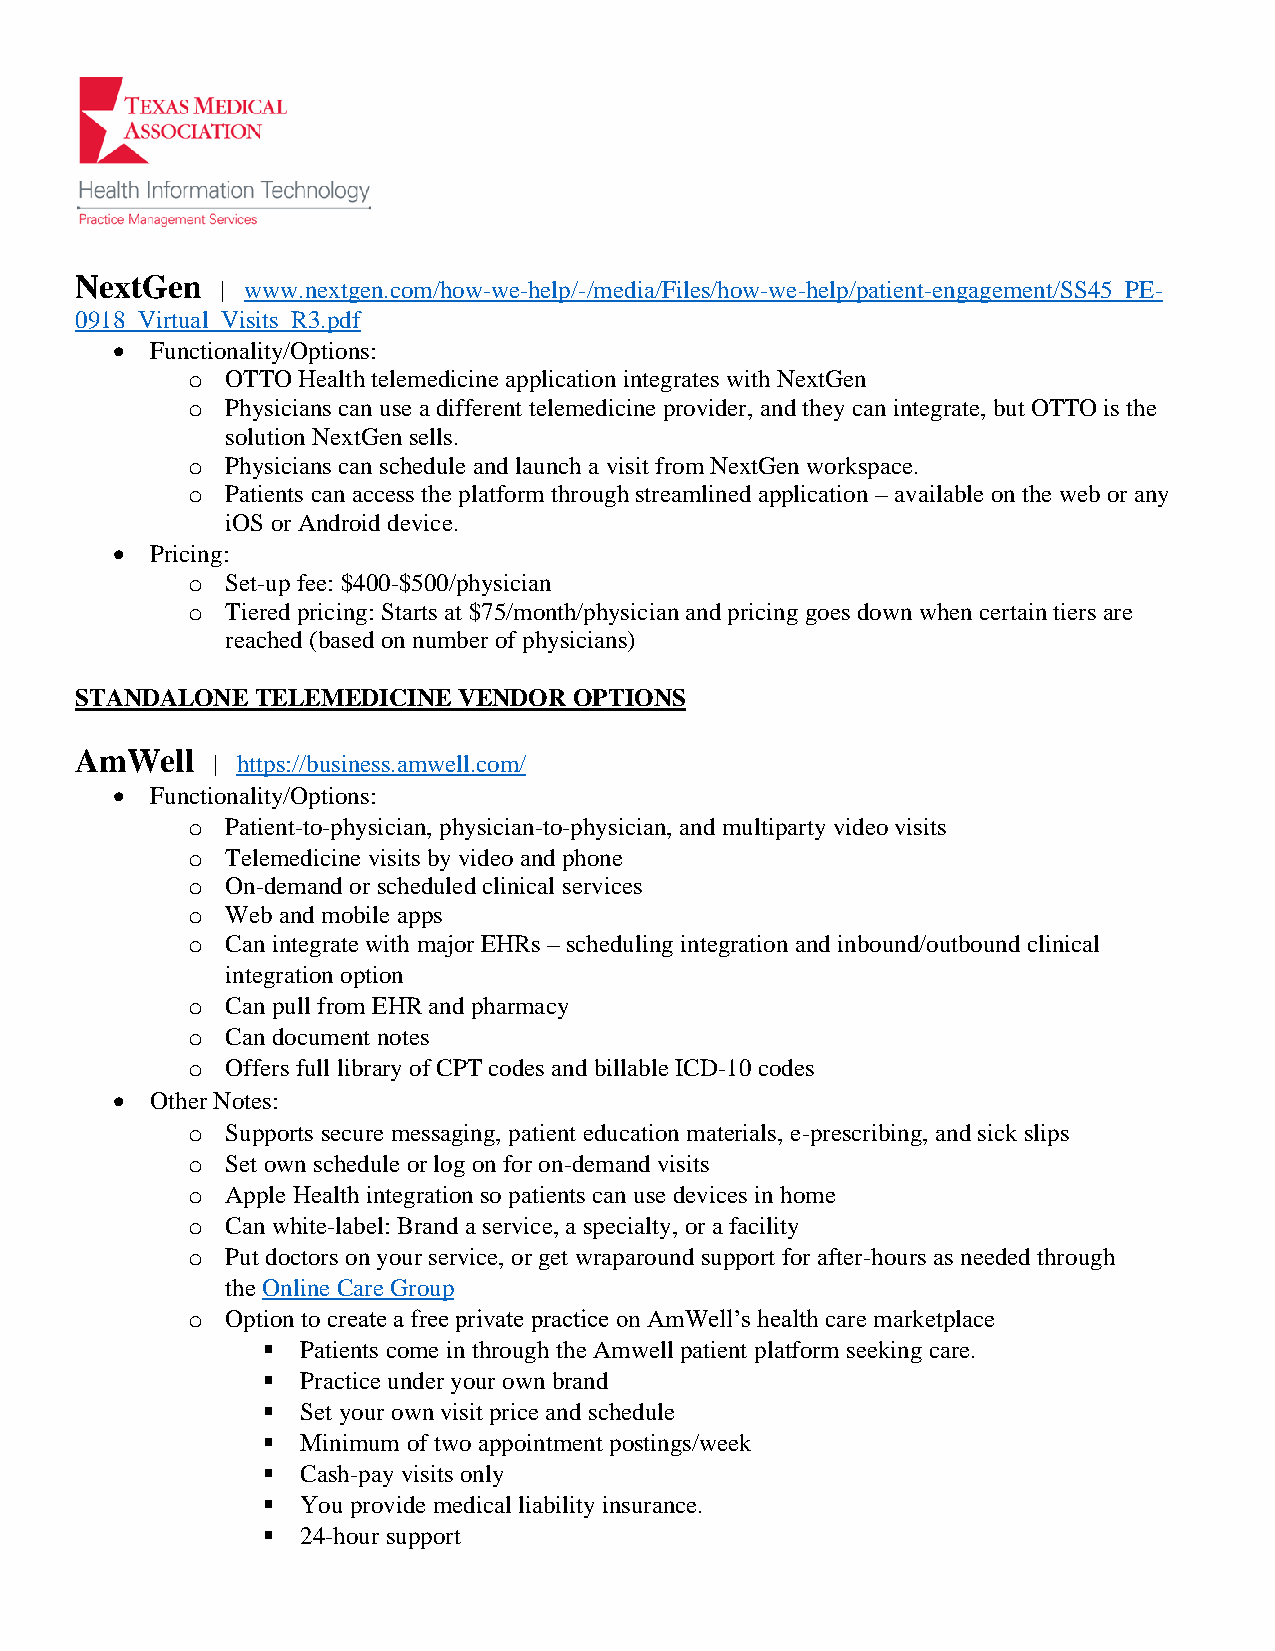
NextGen
 | www.nextgen.com/how-we-help/-/media/Files/how-we-help/patient-engagement/SS45_PE-
 0918_Virtual_Visits_R3.pdf
 •  Functionality/Options:
 o  OTTO Health telemedicine application integrates with NextGen
 o  Physicians can use a different telemedicine provider, and they can integrate, but OTTO is the
 solution NextGen sells.
 o  Physicians can schedule and launch a visit from NextGen workspace.
 o  Patients can access the platform through streamlined application – available on the web or any
 iOS or Android device.
 •  Pricing:
 o  Set-up fee: $400-$500/physician
 o  Tiered pricing: Starts at $75/month/physician and pricing goes down when certain tiers are
 reached (based on number of physicians)
 STANDALONE  TELEMEDICINE VENDOR  OPTIONS
 AmWell
 | https://business.amwell.com/
 •  Functionality/Options:
 o  Patient-to-physician, physician-to-physician, and multiparty video visits
 o  Telemedicine visits by video and phone
 o  On-demand or scheduled clinical services
 o  Web and mobile apps
 o  Can integrate with major EHRs – scheduling integration and inbound/outbound clinical
 integration option
 o  Can pull from EHR and pharmacy
 o  Can document notes
 o  Offers full library of CPT codes and billable ICD-10 codes
 •  Other Notes:
 o  Supports secure messaging, patient education materials, e-prescribing, and sick slips
 o  Set own schedule or log on for on-demand visits
 o  Apple Health integration so patients can use devices in home
 o  Can white-label: Brand a service, a specialty, or a facility
 o  Put doctors on your service, or get wraparound support for after-hours as needed through
 the Online Care Group
 o  Option to create a free private practice on AmWell’s health care marketplace
 ▪  Patients come in through the Amwell patient platform seeking care.
 ▪  Practice under your own brand
 ▪  Set your own visit price and schedule
 ▪  Minimum of two appointment postings/week
 ▪  Cash-pay visits only
 ▪  You provide medical liability insurance.
 ▪  24-hour support